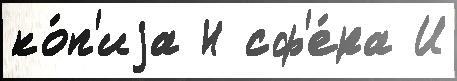
ко́п'иjа Н сф'е́ра И